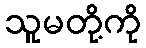
သူမတို့ကို